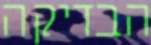
הבדיקה